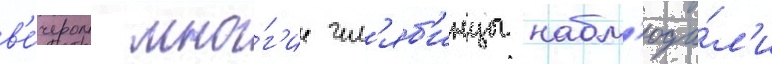
в'е́чером мно́г'ие чел'яб'инцы набл'юда́л'и